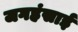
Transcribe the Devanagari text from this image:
जगहंसाई